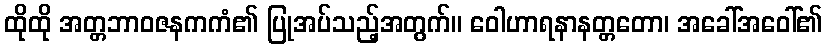
ထိုထို အတ္တဘာဝဇနကကံ၏ ပြုအပ်သည့်အတွက်။ ဝေါဟာရနာနတ္တတော၊ အခေါ်အဝေါ်၏